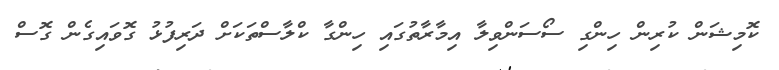
ކޮމިޝަން ކުރިން ހިންގި ސޯސަންވިލާ އިމާރާތުގައި ހިންގާ ކްލާސްތަކަށް ދަރިފުޅު ގޮވައިގެން ގޮސް